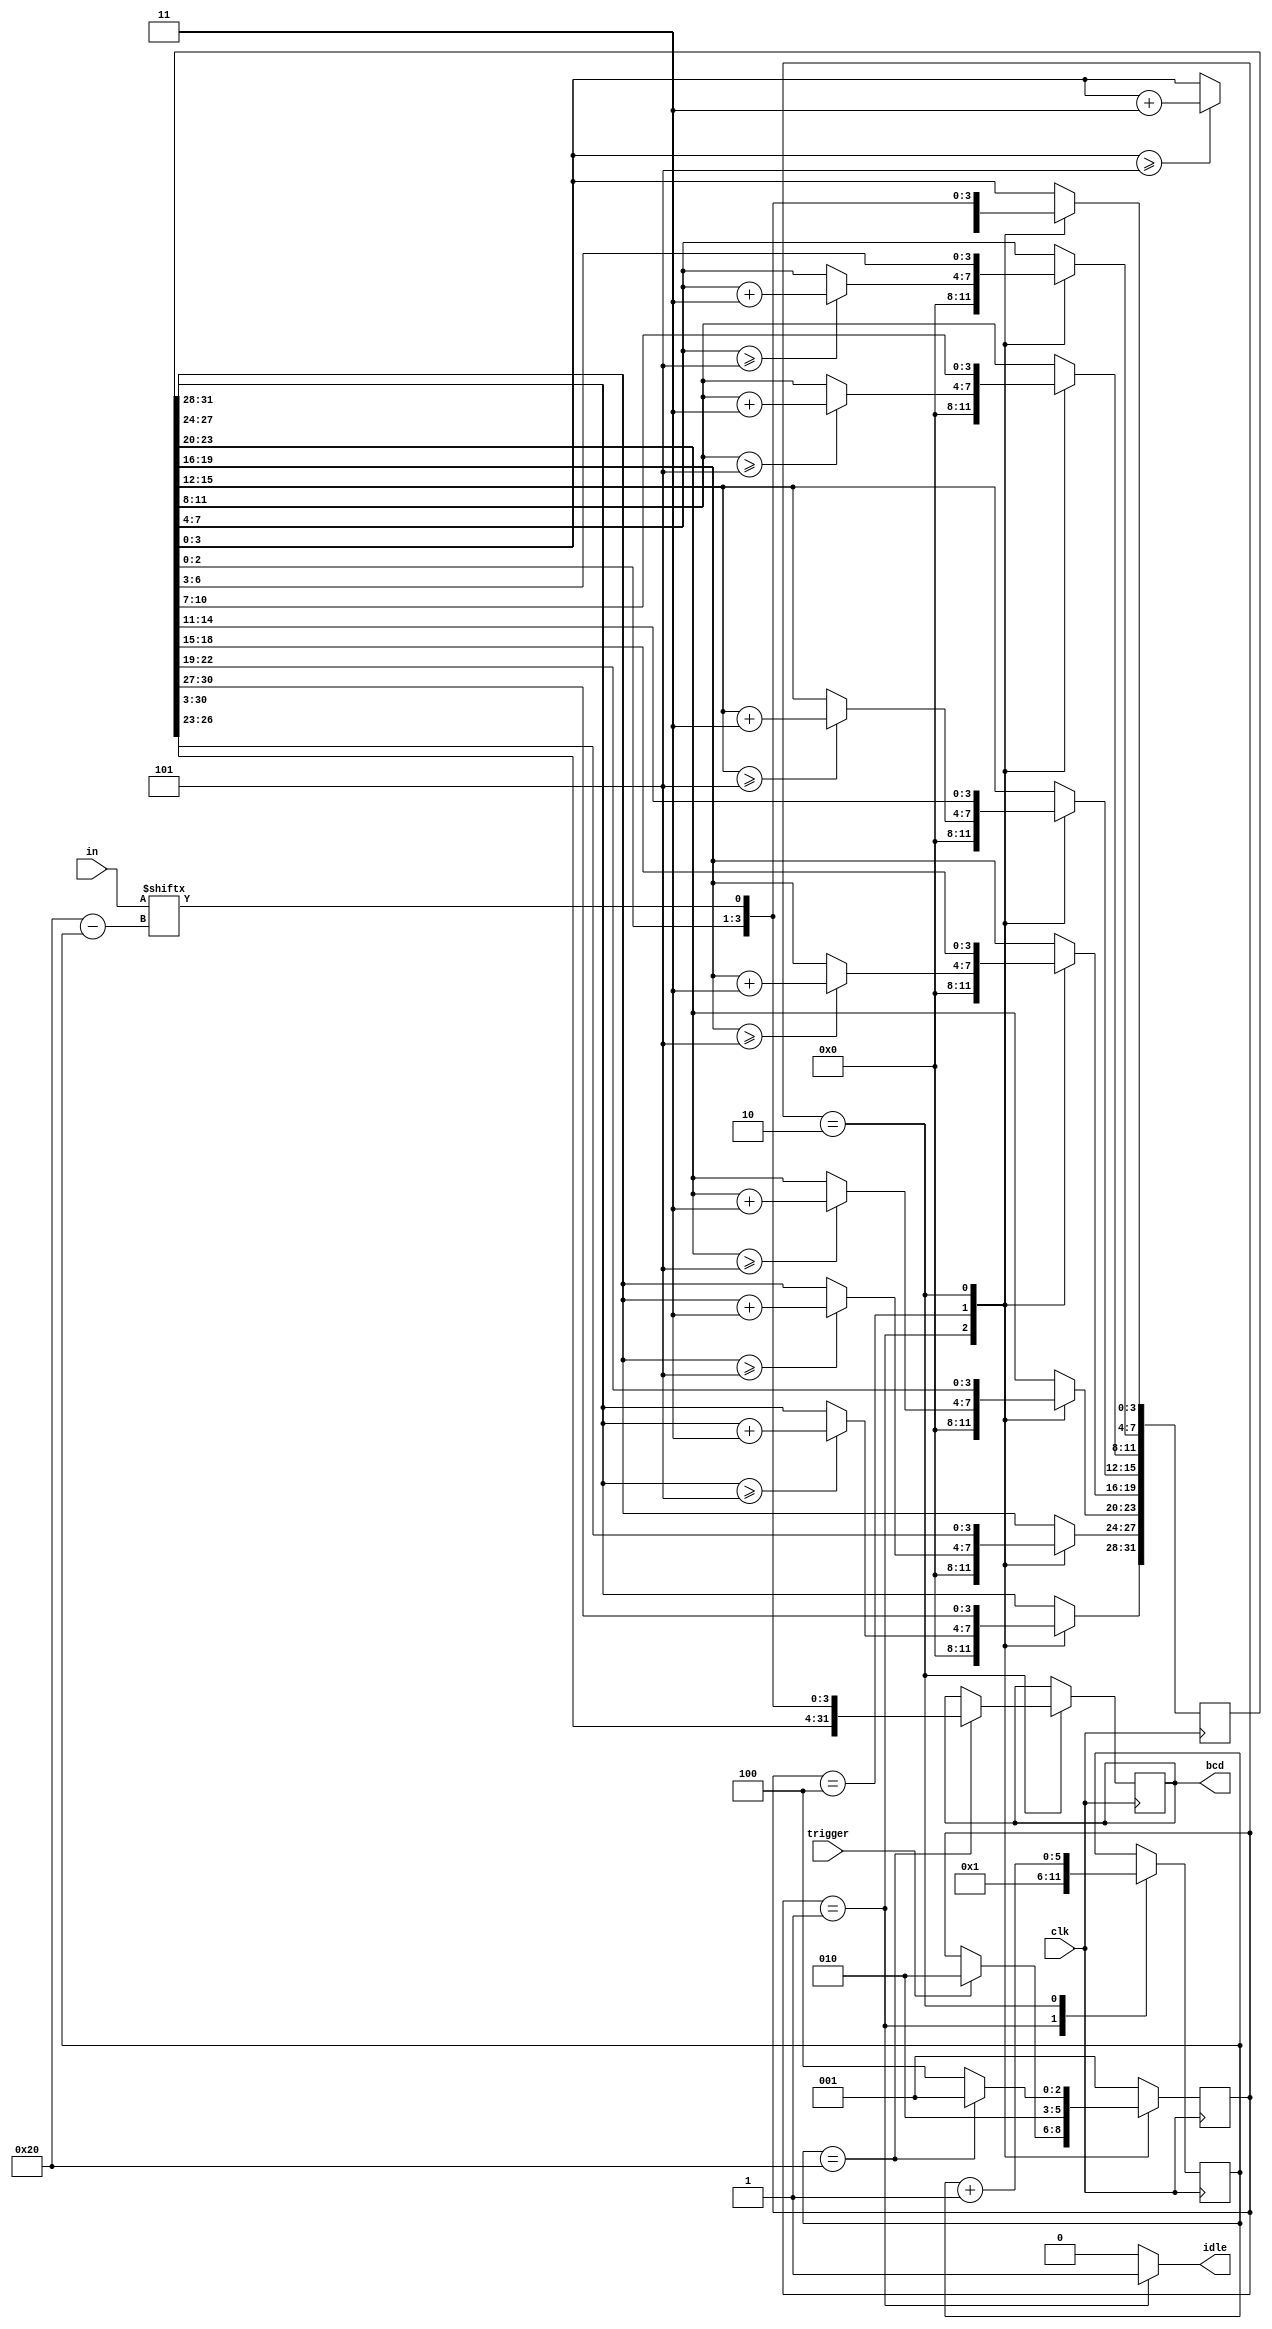
`timescale 1ns / 1ps
//////////////////////////////////////////////////////////////////////////////////
// Company: 
// Engineer: 
// 
// Design Name: 
// Module Name: double_dubble
// Project Name: 
// Target Devices: 
// Tool Versions: 
// Description: 
// 
// Dependencies: 
// 
// Revision:
// Revision 0.01 - File Created
// Additional Comments:
// 
//////////////////////////////////////////////////////////////////////////////////

module unsigned_to_bcd
(
	input clk,            // Reloj
	input trigger,        // Inicio de conversin
	input [31:0] in,      // Nmero binario de entrada
	output reg idle,      // Si vale 0, indica una conversin en proceso
	output reg [31:0] bcd // Resultado de la conversin
);
	localparam S_IDLE  = 'b001;
	localparam S_SHIFT = 'b010;
	localparam S_ADD3  = 'b100;

	reg [2:0] state, state_next; /* Contiene al estado actual y al siguiente */

	reg [31:0] shift, shift_next;
	reg [31:0] bcd_next;

	localparam COUNTER_MAX = 32;
	reg [5:0] counter, counter_next; /* Contador 6 bit para las iteraciones */

	always @(*) begin
		/*
		 * Por defecto, los estados futuros mantienen el estado actual. Esto nos
		 * ayuda a no tener que ir definiendo cada uno de los valores de las seales
		 * en cada estado posible.
		 */
		state_next = state;
		shift_next = shift;
		bcd_next = bcd;
		counter_next = counter;

		idle = 1'b0; /* LOW para todos los estados excepto S_IDLE */

		case (state)
		S_IDLE: begin
			counter_next = 'd1;
			shift_next = 'd0;
			idle = 1'b1;

			if (trigger) begin
				state_next = S_SHIFT;
			end
		end
		S_ADD3: begin
			/*
			 * Sumamos 3 a cada columna de 4 bits si el valor de esta es
			 * mayor o igual a 5
			 */
			if (shift[31:28] >= 5)
				shift_next[31:28] = shift[31:28] + 4'd3;

			if (shift[27:24] >= 5)
				shift_next[27:24] = shift[27:24] + 4'd3;

			if (shift[23:20] >= 5)
				shift_next[23:20] = shift[23:20] + 4'd3;

			if (shift[19:16] >= 5)
				shift_next[19:16] = shift[19:16] + 4'd3;

			if (shift[15:12] >= 5)
				shift_next[15:12] = shift[15:12] + 4'd3;

			if (shift[11:8] >= 5)
				shift_next[11:8] = shift[11:8] + 4'd3;

			if (shift[7:4] >= 5)
				shift_next[7:4] = shift[7:4] + 4'd3;

			if (shift[3:0] >= 5)
				shift_next[3:0] = shift[3:0] + 4'd3;

			state_next = S_SHIFT;
		end
		S_SHIFT: begin
			/* Desplazamos un bit de la entrada en el registro shift */
			shift_next = {shift[30:0], in[COUNTER_MAX - counter_next]};

			/*
			 * Si el contador actual alcanza la cuenta mxima, actualizamos la salida y
			 * terminamos el proceso.
			 */
			if (counter == COUNTER_MAX) begin
				bcd_next = shift_next;
				state_next = S_IDLE;
			end else
				state_next = S_ADD3;

			/* Incrementamos el contador (siguiente) en una unidad */
			counter_next = counter + 'd1;
		end
		default: begin
			state_next = S_IDLE;
		end
		endcase
	end

	always @(posedge clk) begin
		state <= state_next;
		shift <= shift_next;
		bcd <= bcd_next;
		counter <= counter_next;
	end

endmodule